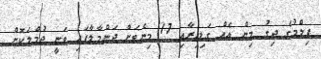
ފިލްމުގެ ދިގު މިން އެއް ގަޑިއިރާއި 17 މިނެޓަށް ދަންމާލާފައި ވަނީ ޖުމްލަކޮށް